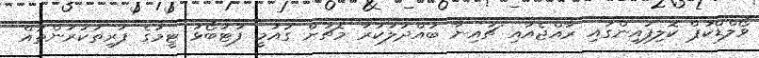
ވޯލްޑްކަޕް ކޮލިފައިންގައި ރާއްޖެއާއި ޗައިނާ ބައްދަލުކުރާ މެޗަށް ގައުމީ ފުޓުބޯޅަ ޓީމުގެ ފަރިތަކުރުންތައް